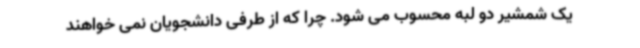
یک شمشیر دو لبه محسوب می شود. چرا که از طرفی دانشجویان نمی خواهند